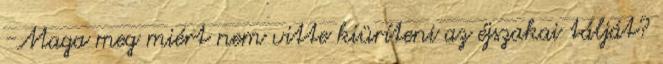
-Maga meg miért nem vitte kiüríteni az éjszakai tálját?